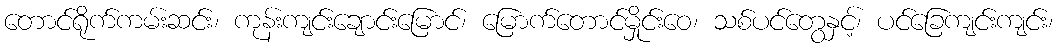
တောင်ရိုက်ကမ်းဆင်း၊ ကုန်းကျင်းချောင်းမြောင်၊ မြောက်တောင်မှိုင်းဝေ၊ သစ်ပင်တွေနှင့်၊ ပင်ခြေကျင်းကျင်း၊